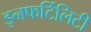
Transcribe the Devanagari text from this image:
इनफर्टिलिटी